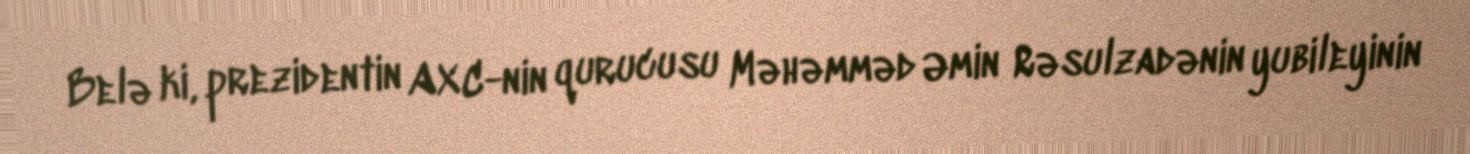
Belə ki, prezidentin AXC-nin qurucusu Məhəmməd Əmin Rəsulzadənin yubileyinin